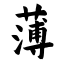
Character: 薄